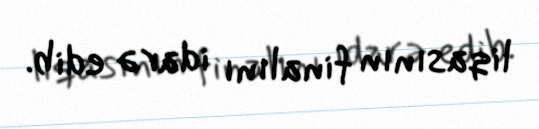
liqasının finalını idarə edib.